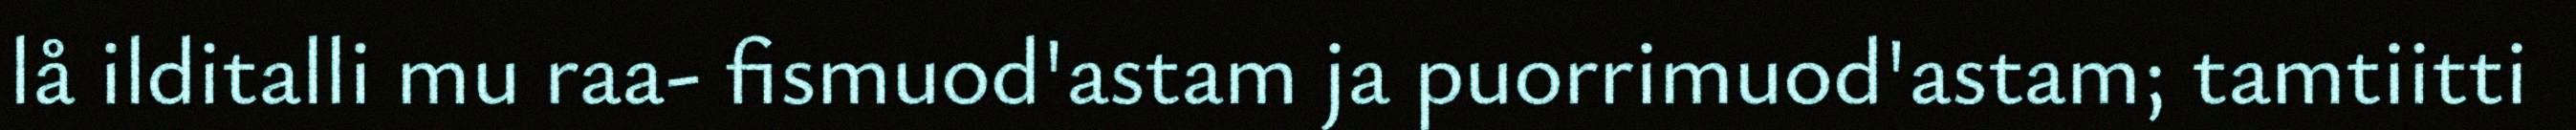
lå ilditalli mu raa- fismuod'astam ja puorrimuod'astam; tamtiitti